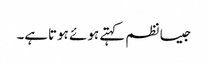
جیسا نظم کہتے ہوئے ہوتاہے۔